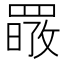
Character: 𦋷